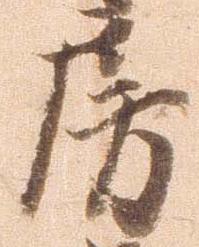
房